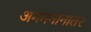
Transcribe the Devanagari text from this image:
अगमनानातर